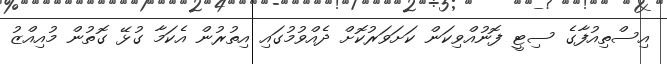
އިސްތިއުފާގެ ސިޓީ ފޮނުއްވިކަން ކަށަވަރުކޮށް ދެއްވުމުގައި އިތުރުން އެކަމާ ގުޅޭ ގޮތުން މުއިއްޒު